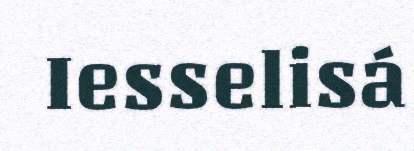
Iesselisá